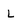
Character: L